Vaccination in Bombay 1874-1876 - 1874-1876
Year: 1874
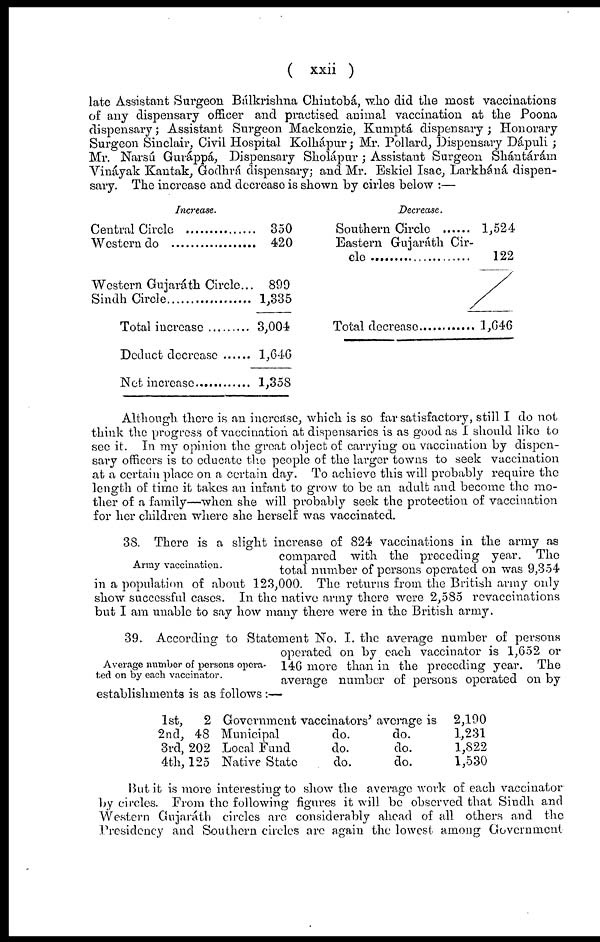
( xxii )
late Assistant Surgeon Bálkrishna Chintobá, who did the most vaccinations
of any dispensary officer and practised animal vaccination at the Poona
dispensary; Assistant Surgeon Mackenzie, Kumptá dispensary ; Honorary
Surgeon Sinclair, Civil Hospital Kolhápur; Mr. Pollard, Dispensary Dápuli ;
Mr. Narsú Guráppá, Dispensary Sholápur ; Assistant Surgeon Shántárám
Vináyak Kantak, Godhrá dispensary; and Mr. Eskiel Isac, Larkháná dispen-
sary. The increase and decrease is shown by cirles below :—
Increase.
Central Circle.....................
Western do........................
Western Gujaráth Circle...
Sindh Circle........................
Total increase...................
Deduct decrease..................
Net increase........................
350
420
899
1,335
3,004
1,646
1,358
Decrease.
Southern Circle............
Eastern Gujaráth Cir-
cle..............................
Total decrease...............
1,524
122
1,646
Although there is an increase, which is so far satisfactory, still I do not
think the progress of vaccination at dispensaries is as good as I should like to
see it. In my opinion the great object of carrying on vaccination by dispen-
sary officers is to educate the people of the larger towns to seek vaccination
at a certain place on a certain day. To achieve this will probably require the
length of time it takes an infant to grow to be an adult and become the mo-
ther of a family—when she will probably seek the protection of vaccination
for her children where she herself was vaccinated.
Army vaccination.
38. There is a slight increase of 824 vaccinations in the army as
compared with the preceding year. The
total number of persons operated on was 9,354
in a population of about 123,000. The returns from the British army only
show successful cases. In the native army there were 2,585 revaccinations
but I am unable to say how many there were in the British army.
Average number of persons opera-
ted on by each vaccinator.
39. According to Statement No. I. the average number of persons
operated on by each vaccinator is 1,652 or
146 more than in the preceding year. The
average number of persons operated on by
establishments is as follows :—
1st,
2nd,
3rd,
4th,
2Government vaccinators' average is
48 Municipal
do.
do.
202 Local Fund
do.
do.
125 Native State
do.
do.
2,190
1,231
1,822
1,530
But it is more interesting to show the average work of each vaccinator
by circles. From the following figures it will be observed that Sindh and
Western Gujaráth circles are considerably ahead of all others and the
Presidency and Southern circles are again the lowest among Government